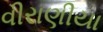
વીરાણીયા